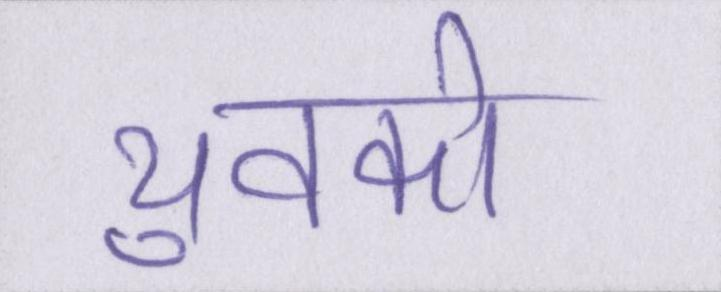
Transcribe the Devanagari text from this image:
युवको